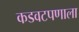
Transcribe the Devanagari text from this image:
कडवटपणाला